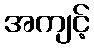
အကျင့်